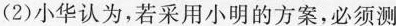
(2)小华认为，若采用小明的方案，必须测